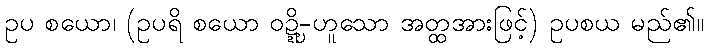
ဥပ စယော၊ (ဥပရိ စယော ဝဍ္ဍ္ဎိ-ဟူသော အတ္ထအားဖြင့်) ဥပစယ မည်၏။